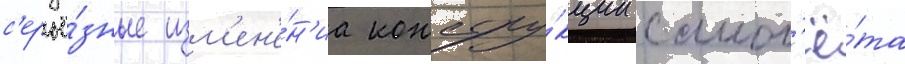
с'ерьё́зные изм'ен'е́н'иа констру́кции самол'ё́та